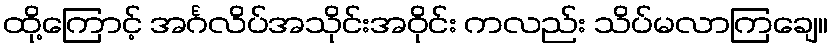
ထို့ကြောင့် အင်္ဂလိပ်အသိုင်းအဝိုင်း ကလည်း သိပ်မလာကြချေ။